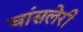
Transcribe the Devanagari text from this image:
चांसलेरी